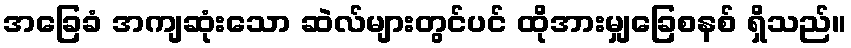
အခြေခံ အကျဆုံးသော ဆဲလ်များတွင်ပင် ထိုအားမျှခြေစနစ် ရှိသည်။